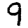
Digit: 9